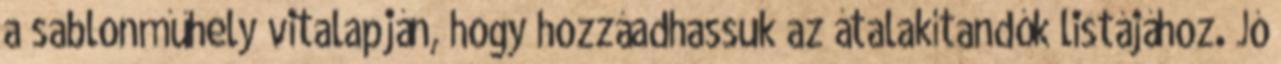
a sablonműhely vitalapján, hogy hozzáadhassuk az átalakítandók listájához. Jó